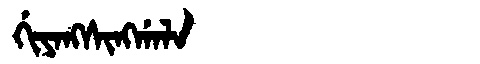
Manchu: ᡤᡳᠶᠠᠩᠰᡳᠩᡤᠠᠯᠠ
Romanization: GIYANGSINGGALA